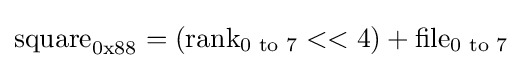
{\text{square}}_{0{\rm {{x}88}}}=({\text{rank}}_{\text{0 to 7}}<<4)+{\text{file}}_{\text{0 to 7}}